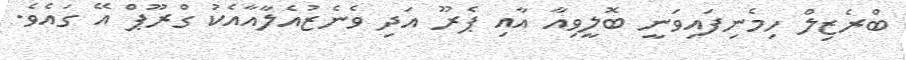
ބްރެޒިލް ހިމެނިފައިވަނީ ބޮލީވިއާ އާއި ޕެރޫ އަދި ވެނެޒުއެލާއާއެކު ގްރޫޕް އޭ ގައެވެ.